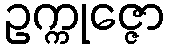
ဥက္ကုဇ္ဇော